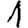
Digit: 1